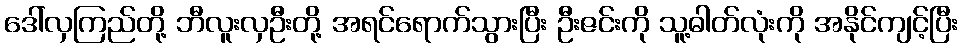
ဒေါ်လှကြည်တို့ ဘီလူးလှဦးတို့ အရင်ရောက်သွားပြီး ဦးဇင်းကို သူ့ဓါတ်လုံးကို အနိုင်ကျင့်ပြီး